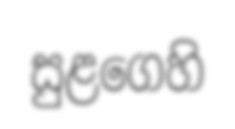
සුළගෙහි